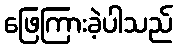
ဖြေကြားခဲ့ပါသည်